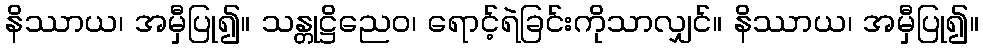
နိဿာယ၊ အမှီပြု၍။ သန္တုဋ္ဌိညေဝ၊ ရောင့်ရဲခြင်းကိုသာလျှင်။ နိဿာယ၊ အမှီပြု၍။